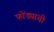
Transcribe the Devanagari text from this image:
फोंड्याची